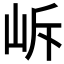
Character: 𡶜